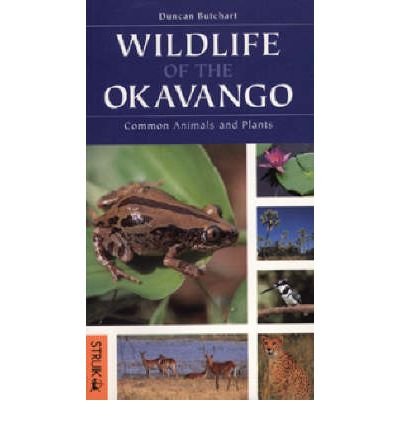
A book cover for Wildlife of the Okavango: Common Animals and Plants; Duncan Butchart; Travel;